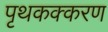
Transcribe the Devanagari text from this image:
पृथकक्करण